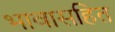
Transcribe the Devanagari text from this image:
भावासहित